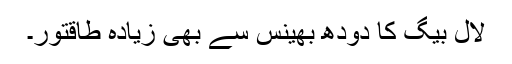
لال بیگ کا دودھ بھینس سے بھی زیادہ طاقتور۔